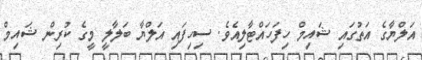
އަލްޔާގެ އަތުގައި ޝައިމް ހިފަހައްޓާލިއެވެ. ސިހިފައި އަލްޔާ ބަލާލީ މީގެ ކުރިން ޝައިމް